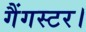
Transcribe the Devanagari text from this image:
गैंगस्टर।